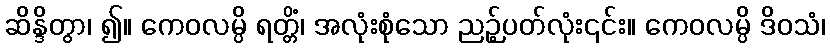
ဆိန္ဒိတွာ၊ ၍။ ကေဝလမ္ပိ ရတ္တိံ၊ အလုံးစုံသော ညဉ့်ပတ်လုံး၎င်း။ ကေဝလမ္ပိ ဒိဝသံ၊